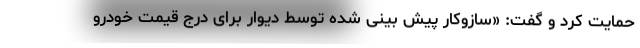
حمایت کرد و گفت: «سازوکار پیش بینی شده توسط دیوار برای درج قیمت خودرو